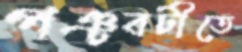
পঞ্চবটীতে